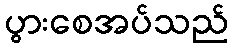
ပွားစေအပ်သည်